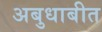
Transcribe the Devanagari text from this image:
अबुधाबीत